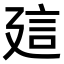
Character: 𧥡